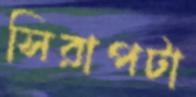
সিরাপটা